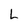
Character: L